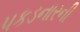
પકડનારની